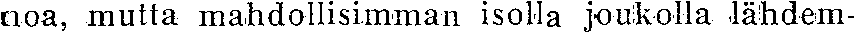
noa, mutta mahdollisimman isolla joukolla lähdem-